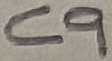
Text: C9